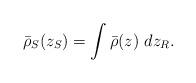
LaTeX: \begin{align*}\bar{\rho}_S(z_S) = \int \bar{\rho}(z)\ dz_R.\end{align*}